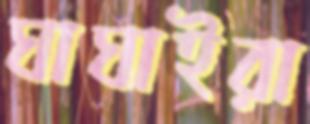
ঘাঘাইরা